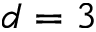
d = 3